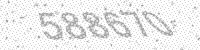
Solution: 588670